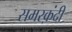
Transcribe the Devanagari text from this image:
समरक़ंदी